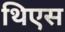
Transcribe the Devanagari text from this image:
थिएस